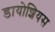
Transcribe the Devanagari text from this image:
डायोशियस